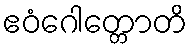
ဧဝံဂေါတ္တောတိ